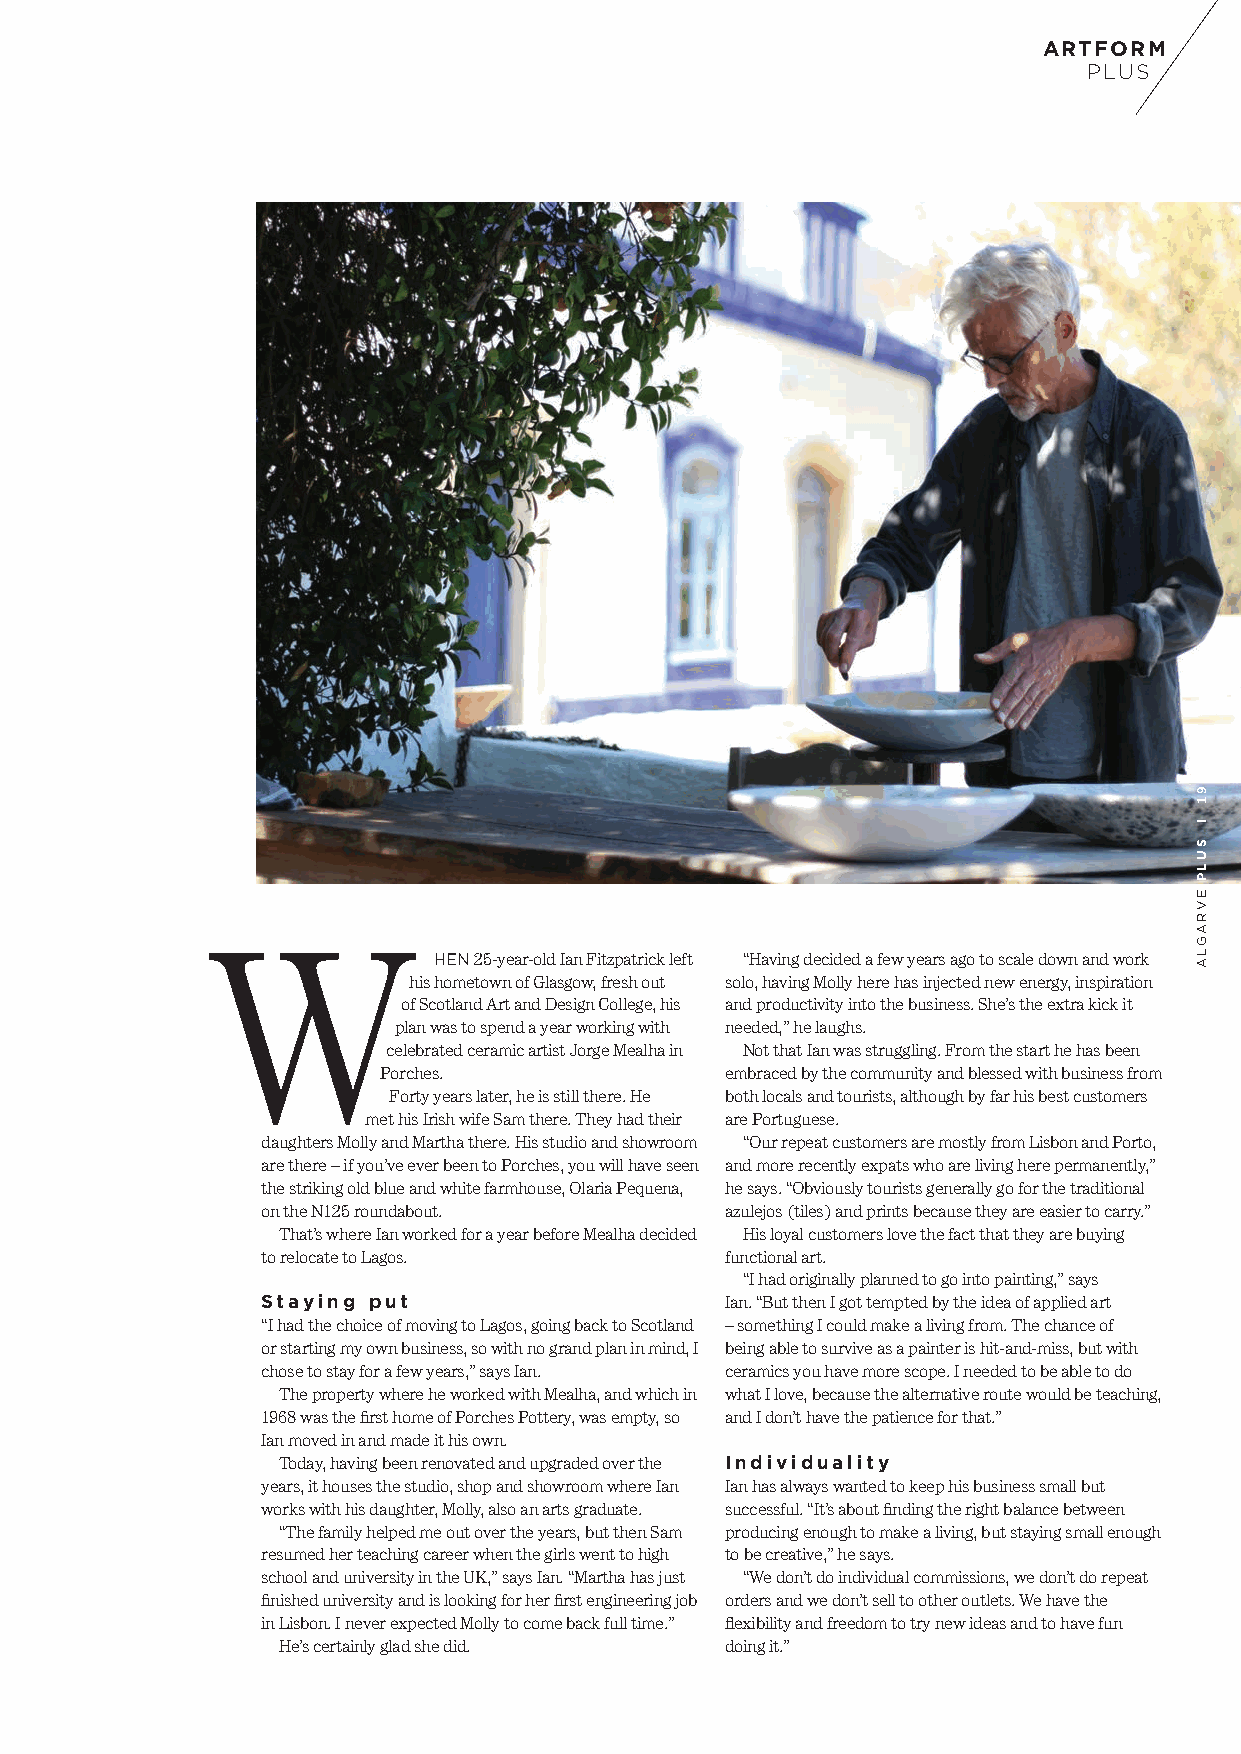
ARTFORM
 PLUS
 C O U N T S
 W
 HEN 25-year-old Ian Fitzpatrick left “Having decided a few years ago to scale down and work
 his hometown of Glasgow, fresh out solo, having Molly here has injected new energy, inspiration
 of Scotland Art and Design College, his and productivity into the business. She’s the extra kick it
 plan was to spend a year working with needed,” he laughs.
 celebrated ceramic artist Jorge Mealha in Not that Ian was struggling. From the start he has been
 Porches.               embraced by the community and blessed with business from
 Forty years later, he is still there. He both locals and tourists, although by far his best customers
 met his Irish wife Sam there. They had their are Portuguese.
 daughters Molly and Martha there. His studio and showroom “Our repeat customers are mostly from Lisbon and Porto,
 are there – if you’ve ever been to Porches, you will have seen and more recently expats who are living here permanently,”
 the striking old blue and white farmhouse, Olaria Pequena, he says. “Obviously tourists generally go for the traditional
 on the N125 roundabout.        azulejos (tiles) and prints because they are easier to carry.”
 That’s where Ian worked for a year before Mealha decided His loyal customers love the fact that they are buying
 to relocate to Lagos.          functional art.
 “I had originally planned to go into painting,” says
 Staying put                    Ian. “But then I got tempted by the idea of applied art
 “I had the choice of moving to Lagos, going back to Scotland – something I could make a living from. The chance of
 or starting my own business, so with no grand plan in mind, I being able to survive as a painter is hit-and-miss, but with
 chose to stay for a few years,” says Ian. ceramics you have more scope. I needed to be able to do
 The property where he worked with Mealha, and which in what I love, because the alternative route would be teaching,
 1968 was the first home of Porches Pottery, was empty, so and I don’t have the patience for that.”
 Ian moved in and made it his own.
 Today, having been renovated and upgraded over the Individuality
 years, it houses the studio, shop and showroom where Ian Ian has always wanted to keep his business small but
 works with his daughter, Molly, also an arts graduate. successful. “It’s about finding the right balance between
 “The family helped me out over the years, but then Sam producing enough to make a living, but staying small enough
 resumed her teaching career when the girls went to high to be creative,” he says.
 school and university in the UK,” says Ian. “Martha has just “We don’t do individual commissions, we don’t do repeat
 finished university and is looking for her first engineering job orders and we don’t sell to other outlets. We have the
 in Lisbon. I never expected Molly to come back full time.” flexibility and freedom to try new ideas and to have fun
 He’s certainly glad she did.  doing it.”
 91
 l
 SULP
 EVRAGLA